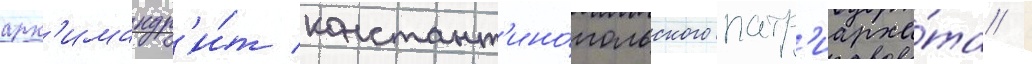
арх'имандр'и́т констант'ино́польского патр'иарха́та /